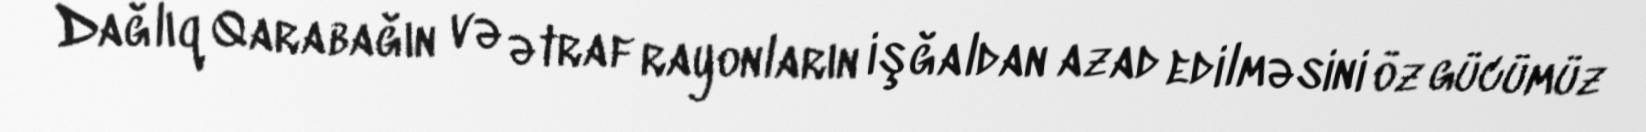
Dağlıq Qarabağın və ətraf rayonların işğaldan azad edilməsini öz gücümüz